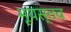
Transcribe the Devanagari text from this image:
भूयस्तव